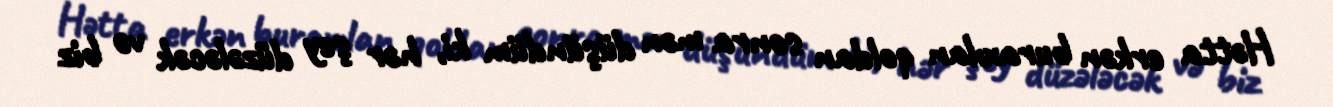
Hətta erkən buraxılan qoldan sonra mən düşündüm ki, hər şey düzələcək və biz